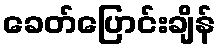
ခေတ်ပြောင်းချိန်